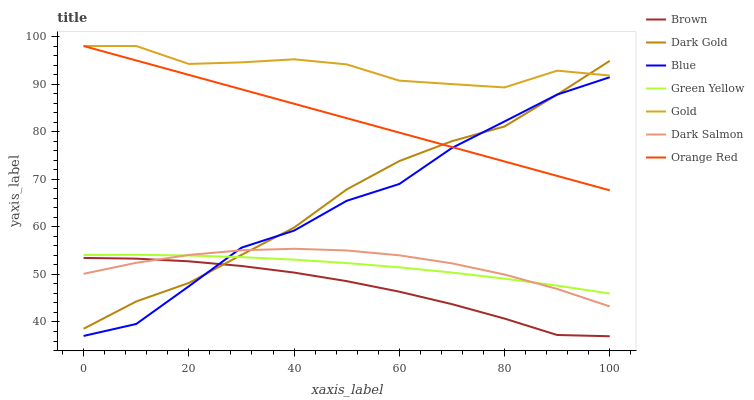
| xaxis_label | Brown | Dark Gold | Blue | Green Yellow | Gold | Dark Salmon | Orange Red |
 | --- | --- | --- | --- | --- | --- | --- | --- |
 | 0 | 53.5 | 38.6 | 37.1 | 54.1 | 98 | 50.1 | 98 |
 | 10 | 53.3 | 44.3 | 39.6 | 54.1 | 98 | 52.4 | 95 |
 | 20 | 52.7 | 48.2 | 47.5 | 54 | 94.2 | 54.1 | 91.9 |
 | 30 | 51.8 | 54.1 | 55.6 | 53.6 | 94.6 | 55.1 | 88.9 |
 | 40 | 50.4 | 59.8 | 59.2 | 53.1 | 95.2 | 55.4 | 85.9 |
 | 50 | 48.6 | 67.9 | 65.5 | 52.4 | 94.1 | 55 | 82.8 |
 | 60 | 46.4 | 73.8 | 69 | 51.5 | 90.7 | 54 | 79.8 |
 | 70 | 43.7 | 78 | 76.6 | 50.4 | 90 | 52.3 | 76.8 |
 | 80 | 40.7 | 81.1 | 82.1 | 49.1 | 89.3 | 50 | 73.7 |
 | 90 | 37.3 | 87.8 | 87.8 | 47.6 | 92.8 | 47 | 70.7 |
 | 100 | 37 | 94.9 | 91.4 | 46 | 91.8 | 43.3 | 67.7 |